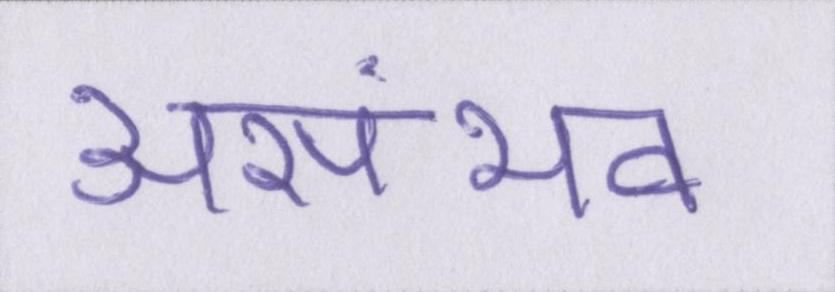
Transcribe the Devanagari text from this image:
असंभव